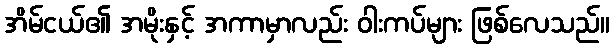
အိမ်ငယ်၏ အမိုးနှင့် အကာမှာလည်း ဝါးကပ်များ ဖြစ်လေသည်။